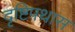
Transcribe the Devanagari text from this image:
दृष्टिपथास